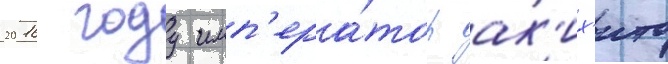
2016 году имп'ера́тор ак'их'ито